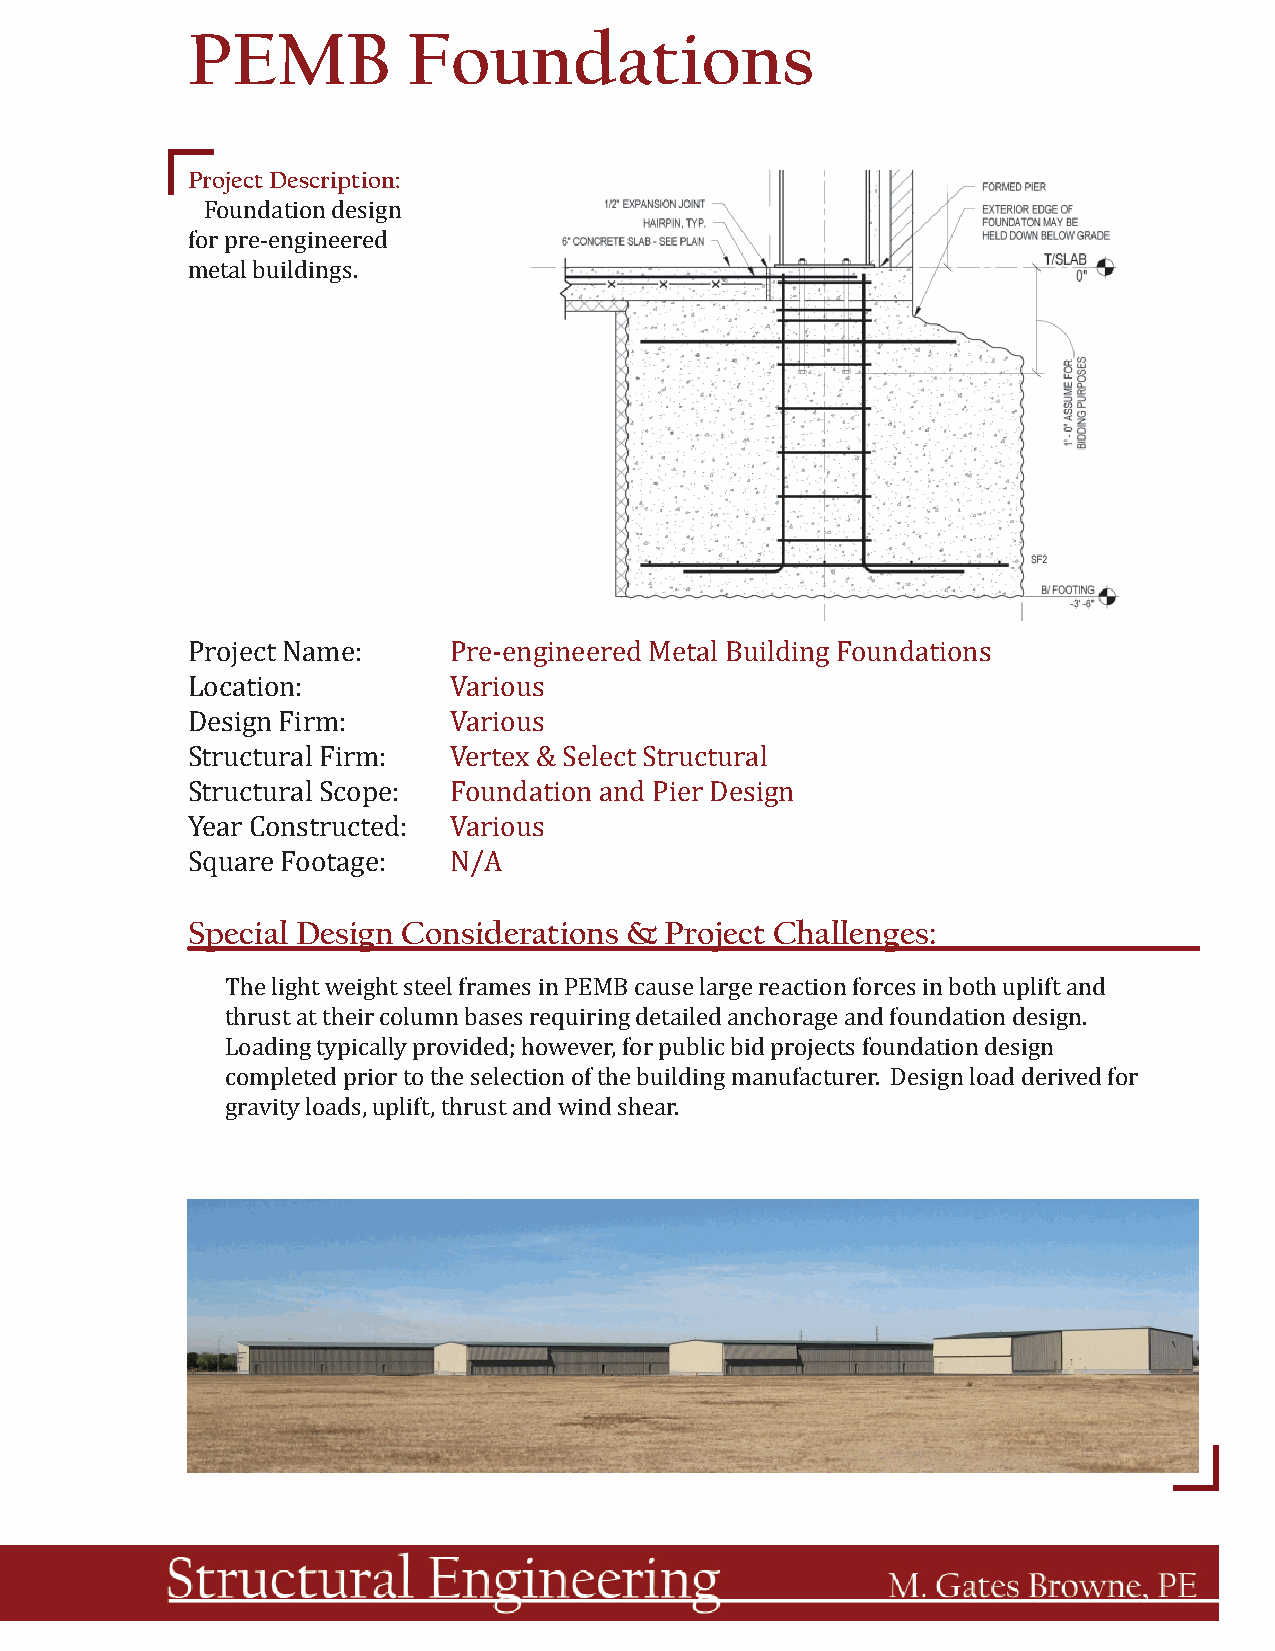
PEMB           Foundations
 Project Description:
 Foundation design
 for pre-engineered
 metal buildings.
 Project Name:     Pre-engineered Metal Building Foundations
 Location:         Various
 Design Firm:      Various
 Structural Firm:  Vertex & Select Structural
 Structural Scope: Foundation and Pier Design
 Year Constructed: Various
 Square Footage:   N/A
 Special Design Considerations & Project Challenges:
 The light weight steel frames in PEMB cause large reaction forces in both uplift and
 thrust at their column bases requiring detailed anchorage and foundation design.
 Loading typically provided; however, for public bid projects foundation design
 completed prior to the selection of the building manufacturer. Design load derived for
 gravity loads, uplift, thrust and wind shear.